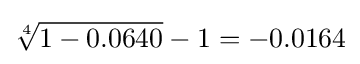
{\sqrt[{4}]{1-0.0640}}-1=-0.0164